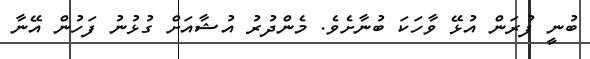
ބުނީ ފުރަން އުޅޭ ވާހަކަ ބުނާށެވެ. މެންދުރު އުޝާއަށް ގުޅުނު ފަހުން އޭނާ